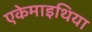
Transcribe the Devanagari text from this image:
एकेमाइथिया